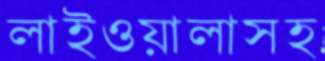
লাইওয়ালাসহ